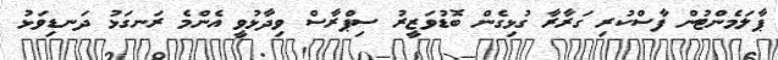
ޕާލަމެންޓުން ފާސްކުރި ގަރާރާ ގުޅިގެން ބޮޑުވަޒީރު ސިޕްރާސް ވިދާޅުވީ އެންމެ ރަނގަޅު ދަނޑިވަޅު